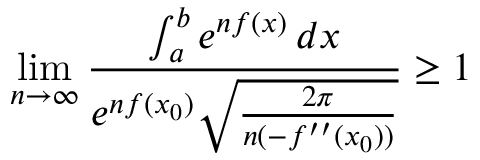
\operatorname* { l i m } _ { n \to \infty } { \frac { \int _ { a } ^ { b } e ^ { n f ( x ) } \, d x } { e ^ { n f ( x _ { 0 } ) } { \sqrt { \frac { 2 \pi } { n ( - f ^ { \prime \prime } ( x _ { 0 } ) ) } } } } } \geq 1